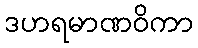
ဒဟရမာဏဝိကာ